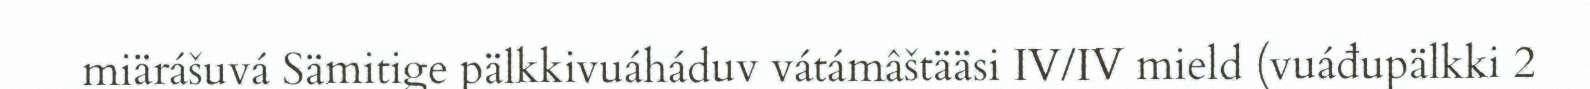
miärášuvá Sämitige pälkkivuáháduv vátámâštääsi IV/IV mield (vuáđupälkki 2